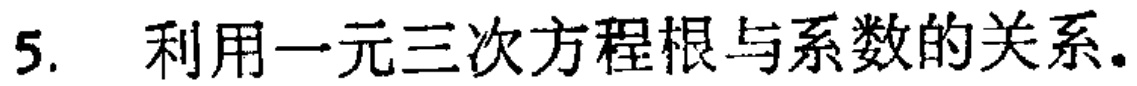
5. 利用一元三次方程根与系数的关系。